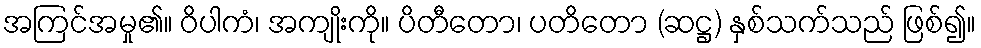
အကြင်အမှု၏။ ဝိပါကံ၊ အကျိုးကို။ ပိတီတော၊ ပတိတော (ဆဋ္ဌ) နှစ်သက်သည် ဖြစ်၍။